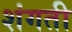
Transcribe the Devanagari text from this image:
शंगती